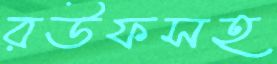
রউফসহ